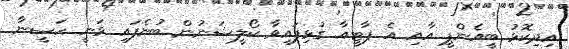
އިދިކޮޅު ބީއެންޕީ އާއި އެ ޕާޓީއާ ގުޅިފައިވާ ކޯލީޝަނުން ބުނެފައި ވަނީ ހަސީނާ